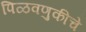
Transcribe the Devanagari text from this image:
पिळवणुकीचे